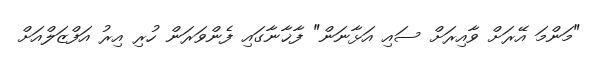
"މަންމަ އޭރަށް ވާއިރަށް ސައި އަޅާނަން" ފާޚާނާގައި ފެންވަރަން ހުރި އިރު އަފްޒަލްއަށް